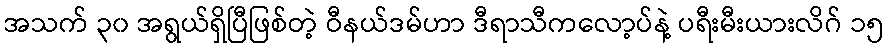
အသက် ၃၀ အရွယ်ရှိပြီဖြစ်တဲ့ ဝီနယ်ဒမ်ဟာ ဒီရာသီကလော့ပ်နဲ့ ပရီးမီးယားလိဂ် ၁၅